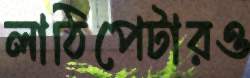
লাঠিপেটারও